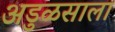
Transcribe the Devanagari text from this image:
अडुळसाला